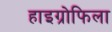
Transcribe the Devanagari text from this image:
हाइग्रोफिला